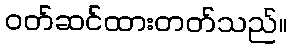
ဝတ်ဆင်ထားတတ်သည်။